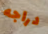
دراجه